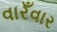
વારઁવાર